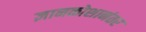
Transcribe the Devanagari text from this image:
ज्ञानकोशानंतर